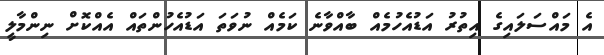
އެ މައްސަލައިގެ އިތުރު އަޑުއެހުމެއް ބާއްވާނެ ކަމެއް ނުވަތަ އަޑުއެހުންތައް އެއްކޮށް ނިންމާލީ